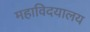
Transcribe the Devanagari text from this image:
महाविदयालय